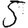
Digit: 5